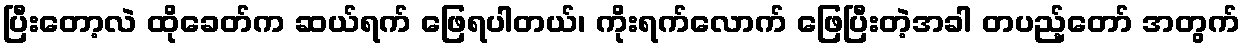
ပြီးတော့လဲ ထိုခေတ်က ဆယ်ရက် ဖြေရပါတယ်၊ ကိုးရက်လောက် ဖြေပြီးတဲ့အခါ တပည့်တော် အတွက်